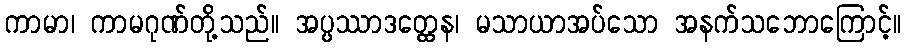
ကာမာ၊ ကာမဂုဏ်တို့သည်။ အပ္ပဿာဒတ္ထေန၊ မသာယာအပ်သော အနက်သဘောကြောင့်။